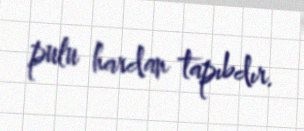
pulu hardan tapıbdır.